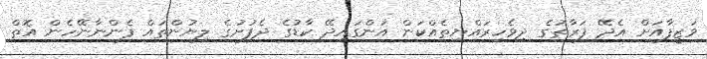
ވަޒީފާއަށް އެދޭ ފަރާތުގެ ދިވެހިރައްޔިތެއްކަން އަންގައިދޭ ކާޑުގެ ދެފުށުގެ ލިޔުންތައް ފެންނާނޭހެން އޮތް